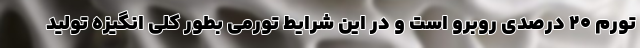
تورم ۲۰ درصدی روبرو است و در این شرایط تورمی بطور کلی انگیزه تولید